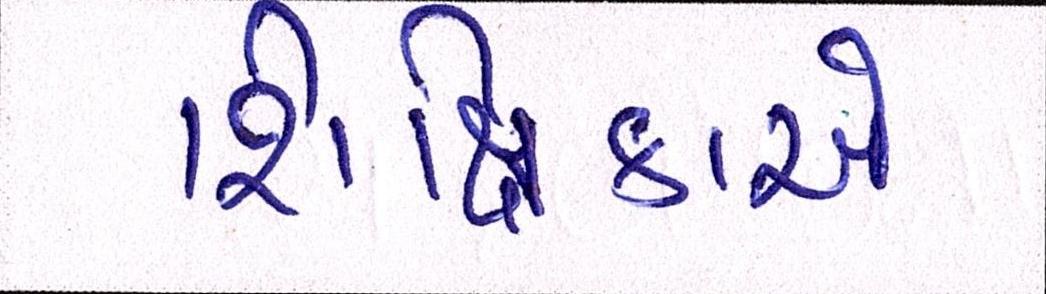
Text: શિક્ષિકાએ